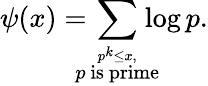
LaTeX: \psi(x)=\! \! \! \! \sum_{\stackrel{p^{k}\leq x,}{p{\mathrm{~is~prime}}}}\! \! \! \! \log p.